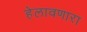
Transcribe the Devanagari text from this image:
हेलावणारा